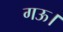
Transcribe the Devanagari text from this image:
गऊ।